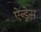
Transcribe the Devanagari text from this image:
ऐन्‍ड्रेस